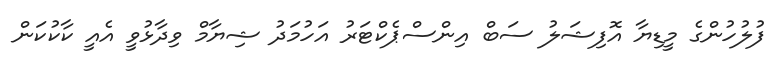
ފުލުހުންގެ މީޑިޔާ އޮފިޝަލު ސަބް އިންސްޕެކްޓަރު އަހުމަދު ޝިޔާމް ވިދާޅުވީ އެއީ ކާކުކަން